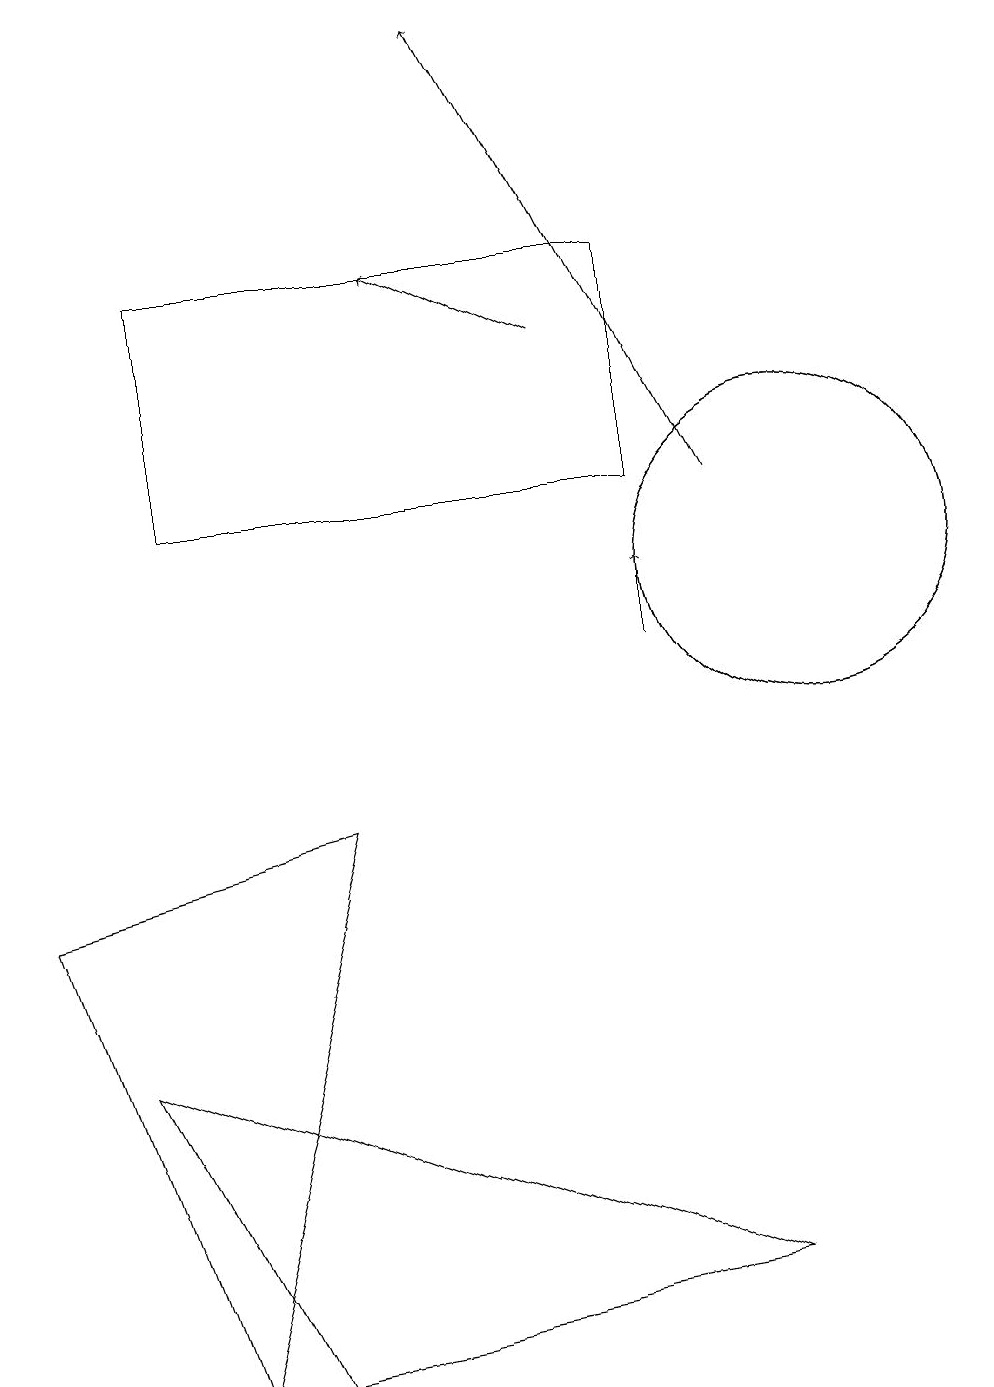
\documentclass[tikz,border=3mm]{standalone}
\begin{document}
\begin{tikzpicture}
\draw (1,5) -- (9,2) -- (3,1) -- cycle;
\draw[->] (7,14) -- (5,15);
\draw (10,11) circle (2);
\draw (2,15) rectangle (8,12);
\draw (2,1) -- (4,8) -- (0,7) -- cycle;
\draw (10,11) circle (2);
\draw[->] (9,12) -- (6,18);
\draw[->] (8,10) -- (8,11);
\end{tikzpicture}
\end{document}